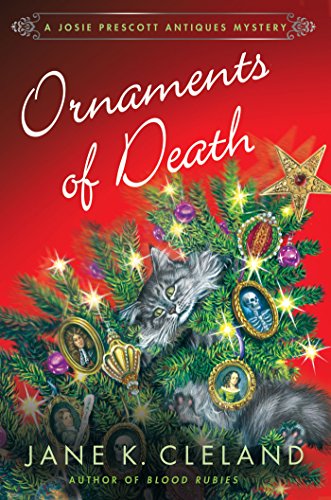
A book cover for Ornaments of Death: A Josie Prescott Antiques Mystery (Josie Prescott Antiques Mysteries); Jane K. Cleland; Mystery, Thriller & Suspense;